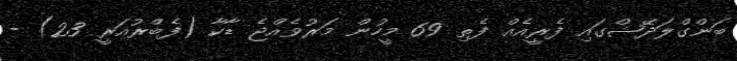
ބަންގްލަދޭޝްގައި ފެރީއެއް ފެތި 69 މީހުން މަރުވެއްޖެ ޑާކާ (ފެބްރުއަރީ 23) -